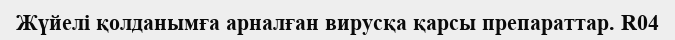
Жүйелі қолданымға арналған вирусқа қарсы препараттар. R04